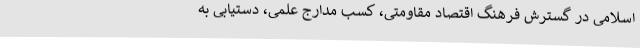
اسلامی در گسترش فرهنگ اقتصاد مقاومتی، کسب مدارج علمی، دستیابی به